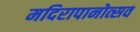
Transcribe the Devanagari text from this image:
मदिरापानोत्सव